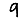
Digit: 9